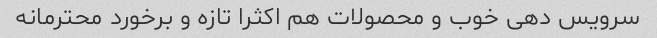
سرویس دهی خوب و محصولات هم اکثرا تازه و برخورد محترمانه